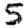
Digit: 5